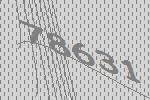
78631